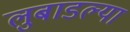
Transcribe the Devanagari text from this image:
लुबाडल्या